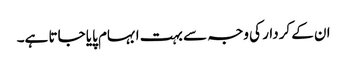
ان کے کردار کی وجہ سے بہت ابہام پایا جاتا ہے۔